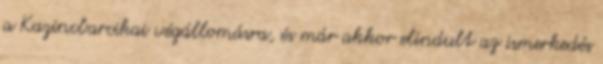
a Kazincbarcikai végállomásra, és már akkor elindult az ismerkedés